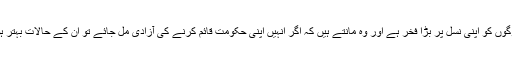
‏ وہاں کے لوگوں کو اپنی نسل پر بڑا فخر ہے اور وہ مانتے ہیں کہ اگر اُنہیں اپنی حکومت قائم کرنے کی آزادی مل جائے تو اُن کے حالات بہتر ہو جائیں گے۔